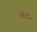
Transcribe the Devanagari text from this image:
तर्कांत